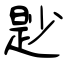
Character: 尟